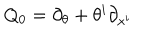
Q _ { 0 } = \partial _ { \theta } + \theta ^ { i } \partial _ { x ^ { i } }